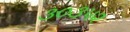
૩૦૩૫૨